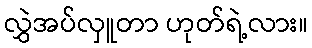
လွှဲအပ်လှူတာ ဟုတ်ရဲ့လား။